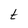
Character: t